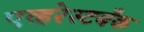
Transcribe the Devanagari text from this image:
एव्हरेस्टबँक